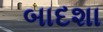
બાદશા